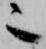
也